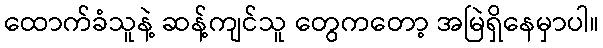
ထောက်ခံသူနဲ့ ဆန့်ကျင်သူ တွေကတော့ အမြဲရှိနေမှာပါ။